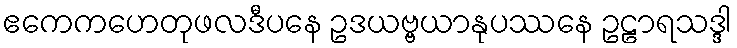
ဧကေကဟေတုဖလဒီပနေ ဥဒယဗ္ဗယာနုပဿနေ ဥဠာရသဒ္ဒါ